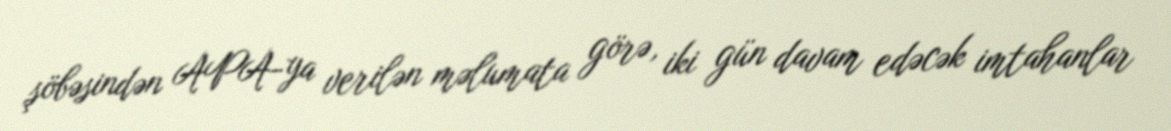
şöbəsindən APA-ya verilən məlumata görə, iki gün davam edəcək imtahanlar